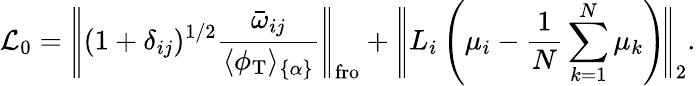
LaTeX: \mathcal{L}_{0}=\Bigg|\! \Bigg|(1+\delta_{ij})^{1/2}\frac{\bar{\omega}_{ij}}{\langle\phi_{\mathrm{T}}\rangle_{\{ \alpha\} }}\Bigg|\! \Bigg|_{\mathrm{fro}}+\Bigg|\! \Bigg|L_{i}\left(\mu_{i}-\frac{1}{N}\sum_{k=1}^{N}\mu_{k}\right)\! \Bigg|\! \Bigg|_{2}.